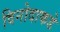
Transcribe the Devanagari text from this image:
विनोदाकडे